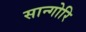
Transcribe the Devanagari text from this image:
सान्गोरि